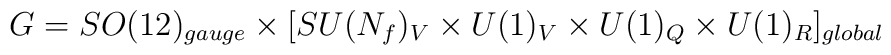
G = SO(12)_{gauge} \times [SU(N_f)_V \times U(1)_V \times U(1)_Q \times U(1)_R]_{global}